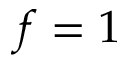
f = 1